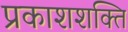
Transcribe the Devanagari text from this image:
प्रकाशशक्ति